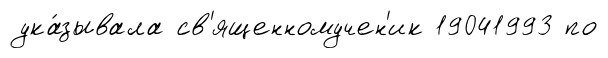
ука́зывала св'ященномучен'ик 19041993 по